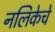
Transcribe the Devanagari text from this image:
नलिकेचे